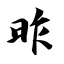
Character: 昨